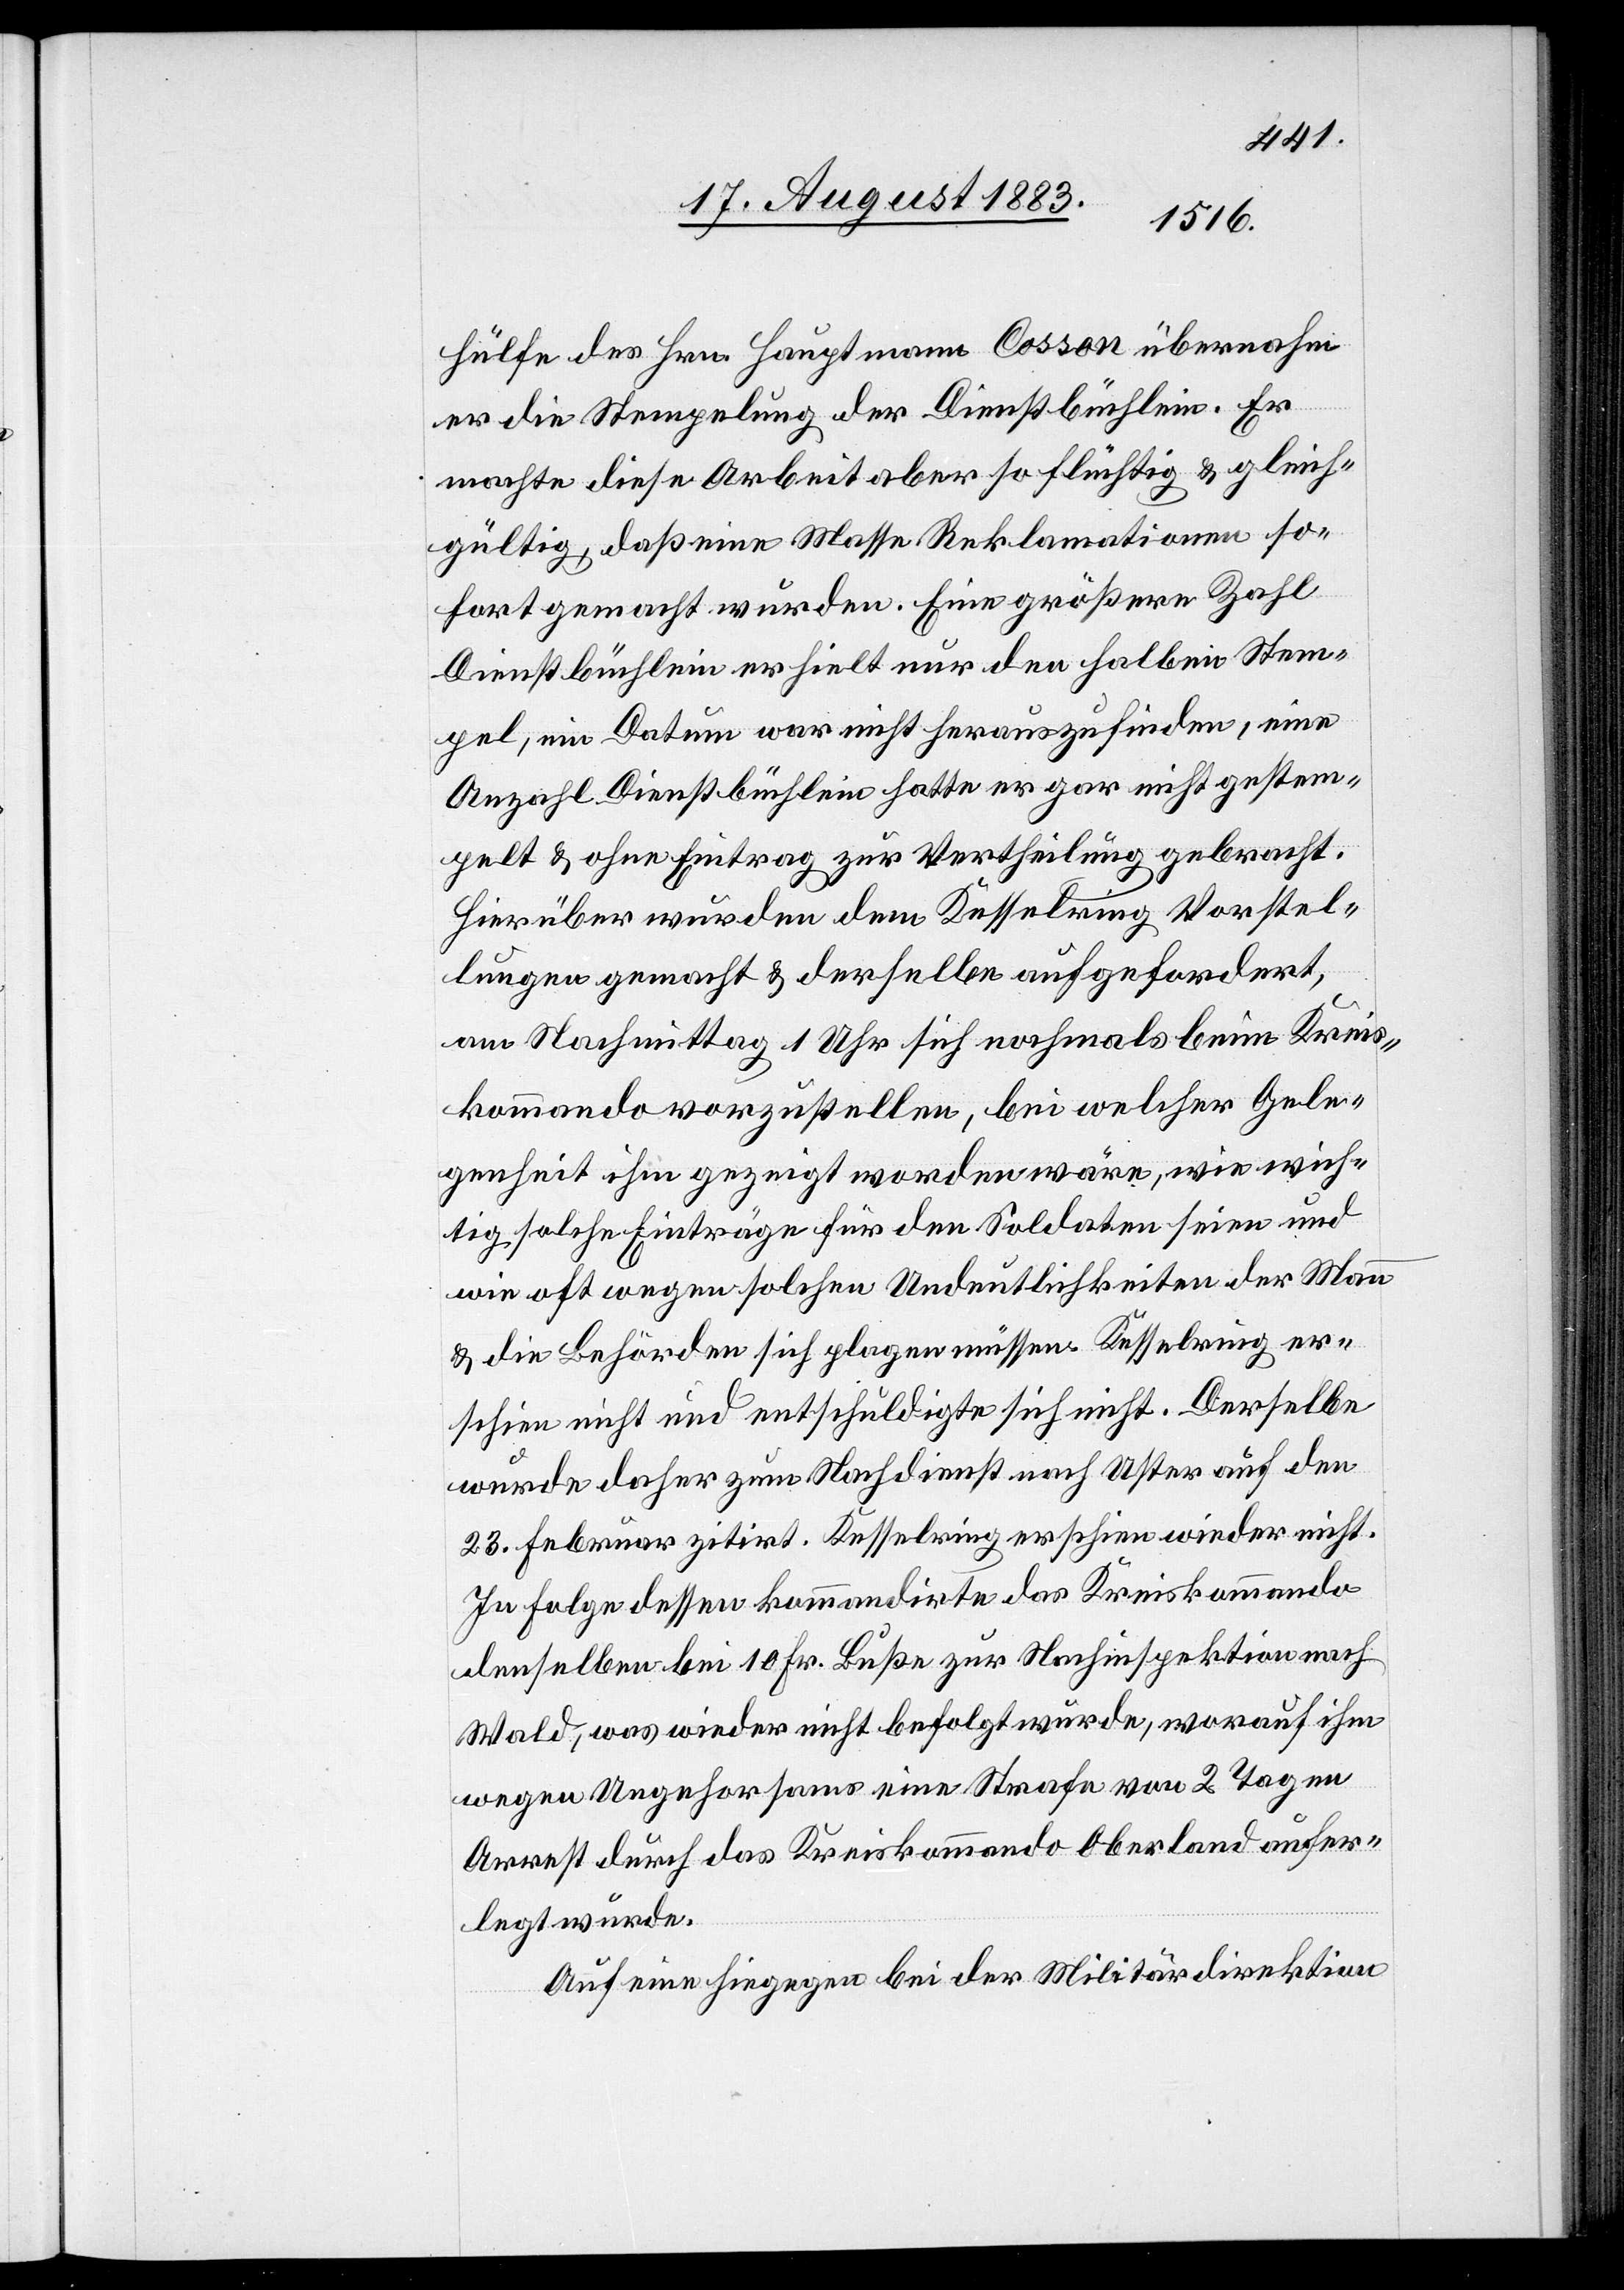
hülfe des Hrn. Hauptmann Cosson übernahm
er die Stempelung der Dienstbüchlein. Er
machte diese Arbeit aber so flüchtig & gleich¬
gültig, daß eine Masse Reklamationen so¬
fort gemacht wurden. Eine größere Zahl
Dienstbüchlein erhielt nur den halben Stem¬
pel, ein Datum war nicht herauszufinden, eine
Anzahl Dienstbüchlein hatte er gar nicht gestem¬
pelt & ohne Eintrag zur Vertheilung gebracht.
Hierüber wurden dem Kesselring Vorstel¬
lungen gemacht & derselbe aufgefordert,
am Nachmittag 1 Uhr sich nochmals beim Kreis¬
kommando vorzustellen, bei welcher Gele¬
genheit ihm gezeigt worden wäre, wie wich¬
tig solche Einträge für den Soldaten seien und
wie oft wegen solchen Undeutlichkeiten der Mann
& die Behörden sich plagen müssen. Kesselring er¬
schien nicht und entschuldigte sich nicht. Derselbe
wurde daher zum Nachdienst nach Uster auf den
23. Februar zitirt. Kesselring erschien wieder nicht.
In Folge dessen kommandirte das Kreiskommando
denselben bei 10 Fr. Buße zur Nachinspektion nach
Wald, was wieder nicht befolgt wurde, worauf ihm
wegen Ungehorsams eine Strafe von 2 Tagen
Arrest durch das Kreiskommando Oberland aufer¬
legt wurde.
Auf eine hiegegen bei der Militärdirektion